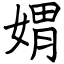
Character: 媦